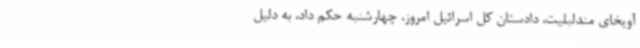
آویخای مندلبلیت، دادستان کل اسرائیل امروز، چهارشنبه حکم داد، به دلیل